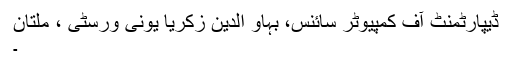
ڈیپارٹمنٹ آف کمپیوٹر سائنس، بہاو الدین زکریا یونی ورسٹی ، ملتان
۔